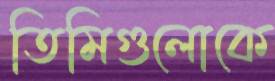
তিমিগুলোকে